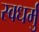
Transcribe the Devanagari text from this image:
स्वधर्मु